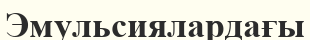
Эмульсиялардағы